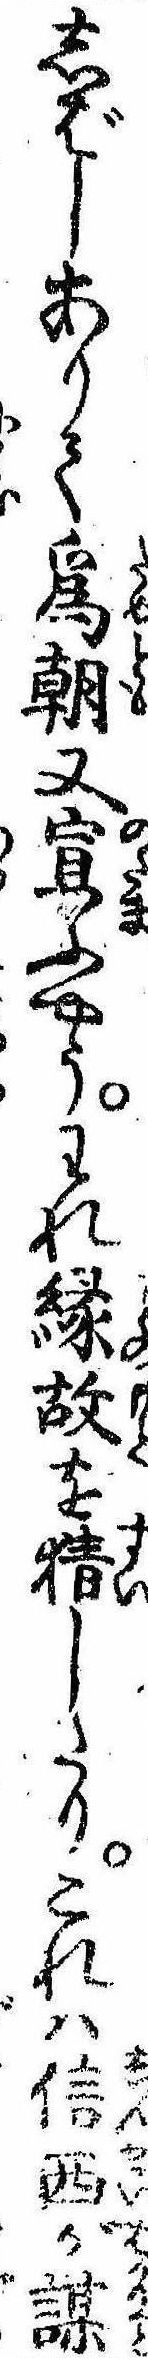
しばしありて為朝又宣ふやうわれ縁故を猜したりこれは信西が謀